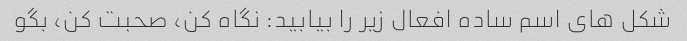
شکل های اسم ساده افعال زیر را بیابید: نگاه کن، صحبت کن، بگو